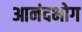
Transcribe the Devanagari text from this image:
आनंदभोग